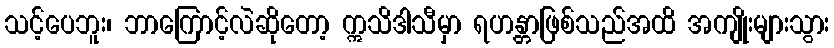
သင့်ပေဘူး၊ ဘာကြောင့်လဲဆိုတော့ ဣသိဒါသီမှာ ရဟန္တာဖြစ်သည်အထိ အကျိုးများသွား